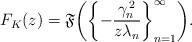
LaTeX: \begin{align*}F_{K}(z)=\mathfrak{F}\!\left(\left\{ -\frac{\gamma_{n}^{\,2}}{z\lambda_{n}}\right\} _{n=1}^{\infty}\right)\!.\end{align*}